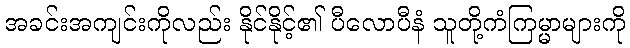
အခင်းအကျင်းကိုလည်း နိုင်နိုင့်၏ ပီလောပီနံ သူတို့ကံကြမ္မာများကို